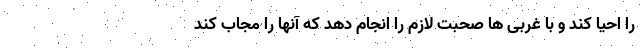
را احیا کند و با غربی ها صحبت لازم را انجام دهد که آنها را مجاب کند